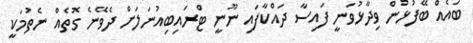
ބައެއް ބޭފުޅުން ވިދާޅުވަނީ ފައިސާ ދައްކާފައި ނޫނީ ޓްރައިބިއުނަލަށް ދެވޭނެ ގޮތެއް ނެތުމަކީ